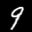
Label: 9